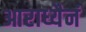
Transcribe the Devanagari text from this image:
आराध्यैनं